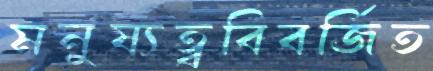
মনুষ্যত্ববিবর্জিত